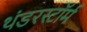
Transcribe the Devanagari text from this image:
थंडरस्टॉर्म